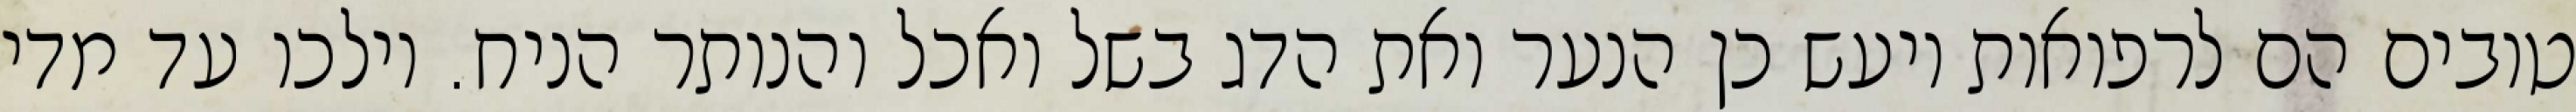
טובים הם לרפואות ויעש כן הנער ואת הדג בשל ואכל והנותר הניח. וילכו עד מדי